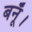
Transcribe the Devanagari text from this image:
बनूँ।